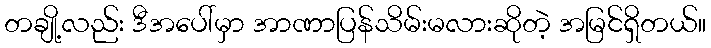
တချို့လည်း ဒီအပေါ်မှာ အာဏာပြန်သိမ်းမလားဆိုတဲ့ အမြင်ရှိတယ်။